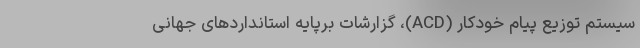
سیستم توزیع پیام خودکار (ACD)، گزارشات برپایه استانداردهای جهانی